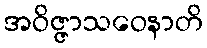
အဝိဇ္ဇာသဝေနာတိ